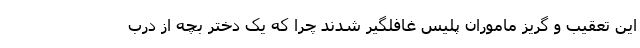
این تعقیب و گریز ماموران پلیس غافلگیر شدند چرا که یک دختر بچه از درب